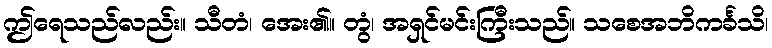
ဤရေသည်လည်း။ သီတံ၊ အေး၏။ တွံ၊ အရှင်မင်းကြီးသည်။ သစေအဘိကင်္ခသိ၊